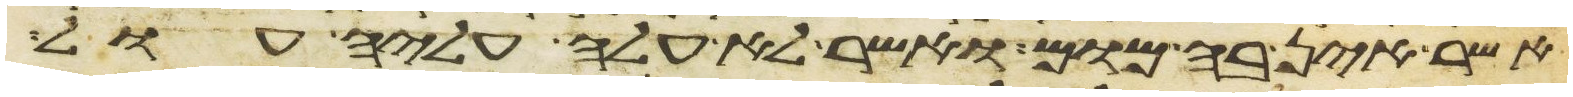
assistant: אשר אין בה מום ואשר לא עלה עליה עול